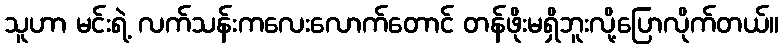
သူဟာ မင်းရဲ့ လက်သန်းကလေးလောက်တောင် တန်ဖိုးမရှိဘူးလို့ပြောလိုက်တယ်။